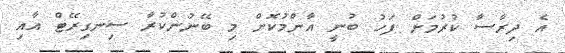
އެ ދިރާސާ ކުރުމަަށް ފަހު ބުނީ އާންމުކޮށް މި ބޭނުންކުރާ ސިނގިރޭޓް އާއި